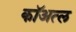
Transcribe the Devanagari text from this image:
कॉअत्ल